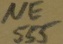
Text: 555